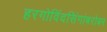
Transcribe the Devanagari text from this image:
हरगोविंदसिंगांबरोबर